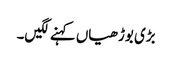
بڑی بوڑھیاں کہنے لگیں۔